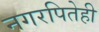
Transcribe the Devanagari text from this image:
नगरपितेही